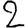
Digit: 2